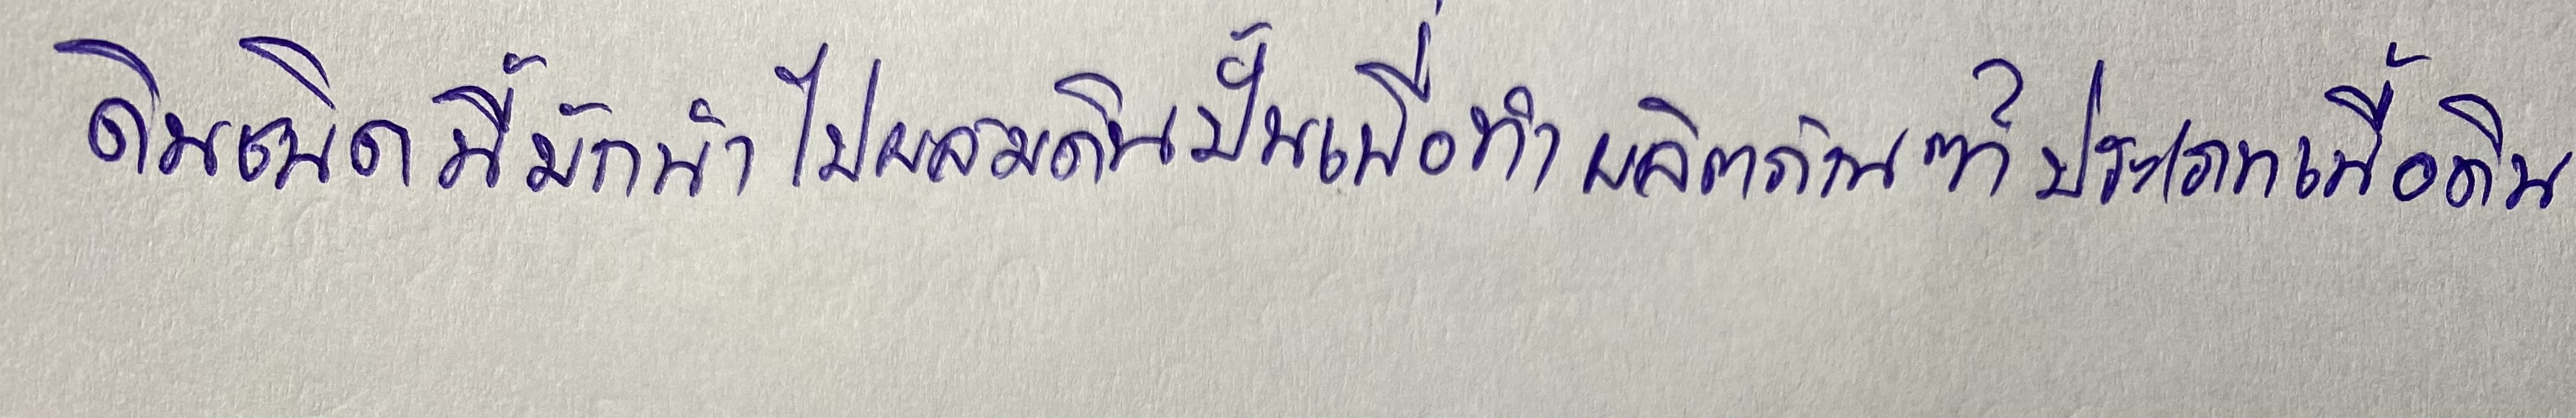
ดินชนิดนี้มักนำไปผสมดินปั้นเพื่อทำผลิตภัณฑ์ประเภทเนื้อดิน